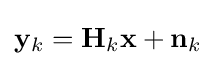
\mathbf {y} _{k}=\mathbf {H} _{k}\mathbf {x} +\mathbf {n} _{k}